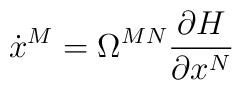
\dot x^M=\Omega^{MN}\frac{\partial H}{\partial x^N}